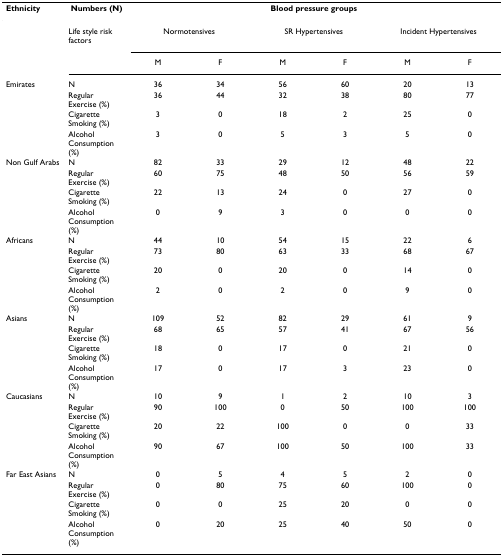
<table><thead><tr><td><b>Ethnicity</b></td><td><b> Numbers (N)</b></td><td colspan="6"><b>Blood pressure groups</b></td></tr></thead><tbody><tr><td></td><td>Life style risk factors</td><td colspan="2">Normotensives</td><td colspan="2">SR Hypertensives</td><td colspan="2">Incident Hypertensives</td></tr><tr><td></td><td></td><td>M</td><td>F</td><td>M</td><td>F</td><td>M</td><td>F</td></tr><tr><td>Emirates</td><td>N</td><td>36</td><td>34</td><td>56</td><td>60</td><td>20</td><td>13</td></tr><tr><td></td><td>Regular Exercise (%)</td><td>36</td><td>44</td><td>32</td><td>38</td><td>80</td><td>77</td></tr><tr><td></td><td>Cigarette Smoking (%)</td><td>3</td><td>0</td><td>18</td><td>2</td><td>25</td><td>0</td></tr><tr><td></td><td>Alcohol Consumption (%)</td><td>3</td><td>0</td><td>5</td><td>3</td><td>5</td><td>0</td></tr><tr><td>Non Gulf Arabs</td><td>N</td><td>82</td><td>33</td><td>29</td><td>12</td><td>48</td><td>22</td></tr><tr><td></td><td>Regular Exercise (%)</td><td>60</td><td>75</td><td>48</td><td>50</td><td>56</td><td>59</td></tr><tr><td></td><td>Cigarette Smoking (%)</td><td>22</td><td>13</td><td>24</td><td>0</td><td>27</td><td>0</td></tr><tr><td></td><td>Alcohol Consumption (%)</td><td>0</td><td>9</td><td>3</td><td>0</td><td>0</td><td>0</td></tr><tr><td>Africans</td><td>N</td><td>44</td><td>10</td><td>54</td><td>15</td><td>22</td><td>6</td></tr><tr><td></td><td>Regular Exercise (%)</td><td>73</td><td>80</td><td>63</td><td>33</td><td>68</td><td>67</td></tr><tr><td></td><td>Cigarette Smoking (%)</td><td>20</td><td>0</td><td>20</td><td>0</td><td>14</td><td>0</td></tr><tr><td></td><td>Alcohol Consumption (%)</td><td>2</td><td>0</td><td>2</td><td>0</td><td>9</td><td>0</td></tr><tr><td>Asians</td><td>N</td><td>109</td><td>52</td><td>82</td><td>29</td><td>61</td><td>9</td></tr><tr><td></td><td>Regular Exercise (%)</td><td>68</td><td>65</td><td>57</td><td>41</td><td>67</td><td>56</td></tr><tr><td></td><td>Cigarette Smoking (%)</td><td>18</td><td>0</td><td>17</td><td>0</td><td>21</td><td>0</td></tr><tr><td></td><td>Alcohol Consumption (%)</td><td>17</td><td>0</td><td>17</td><td>3</td><td>23</td><td>0</td></tr><tr><td>Caucasians</td><td>N</td><td>10</td><td>9</td><td>1</td><td>2</td><td>10</td><td>3</td></tr><tr><td></td><td>Regular Exercise (%)</td><td>90</td><td>100</td><td>0</td><td>50</td><td>100</td><td>100</td></tr><tr><td></td><td>Cigarette Smoking (%)</td><td>20</td><td>22</td><td>100</td><td>0</td><td>0</td><td>33</td></tr><tr><td></td><td>Alcohol Consumption (%)</td><td>90</td><td>67</td><td>100</td><td>50</td><td>100</td><td>33</td></tr><tr><td>Far East Asians</td><td>N</td><td>0</td><td>5</td><td>4</td><td>5</td><td>2</td><td>0</td></tr><tr><td></td><td>Regular Exercise (%)</td><td>0</td><td>80</td><td>75</td><td>60</td><td>100</td><td>0</td></tr><tr><td></td><td>Cigarette Smoking (%)</td><td>0</td><td>0</td><td>25</td><td>20</td><td>0</td><td>0</td></tr><tr><td></td><td>Alcohol Consumption (%)</td><td>0</td><td>20</td><td>25</td><td>40</td><td>50</td><td>0</td></tr></tbody></table>